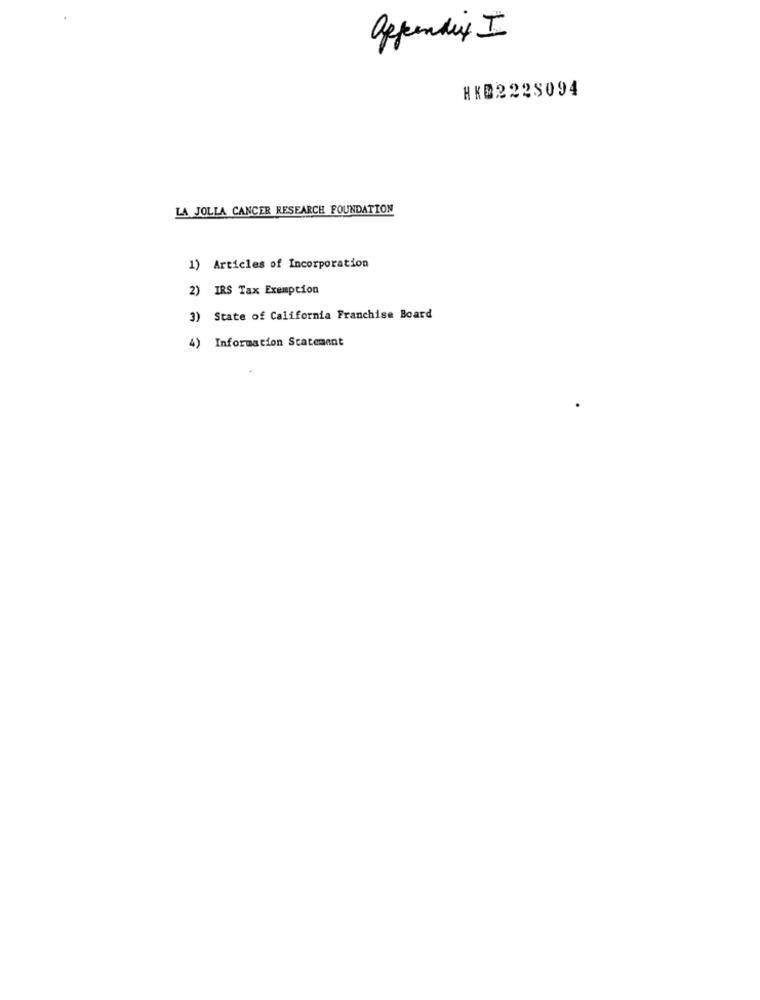
appendix I
HKD2228094
LA JOLLA CANCER RESEARCH FOUNDATION
1) Articles of Incorporation
2) IRS Tax Exemption
3) State of California Franchise Board
4) Information Statement